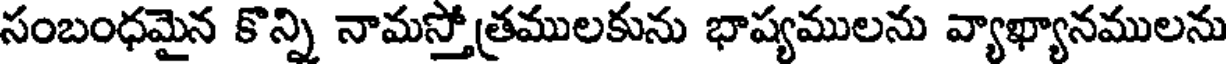
సంబంధమైన కొన్ని నామస్తోత్రములకును భాష్యములను వ్యాఖ్యానములను